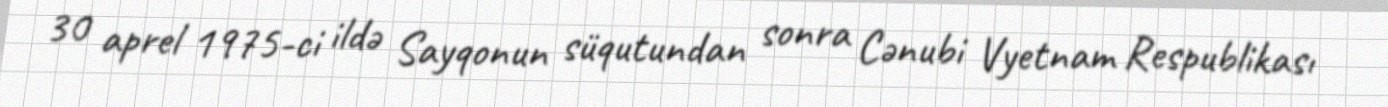
30 aprel 1975-ci ildə Sayqonun süqutundan sonra Cənubi Vyetnam Respublikası